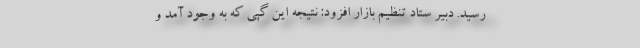
رسید. دبیر ستاد تنظیم بازار افزود: نتیجه این گپی که به وجود آمد و